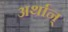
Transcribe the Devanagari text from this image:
अर्थान्